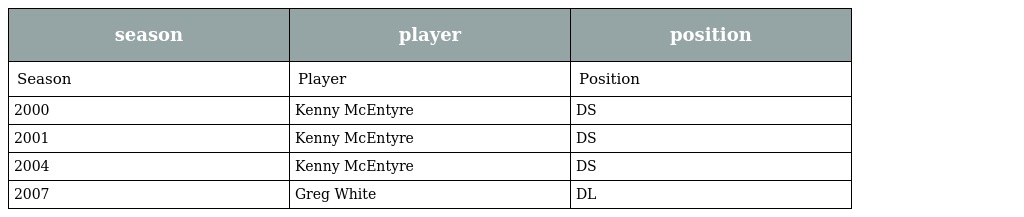
| season | player | position |
 | --- | --- | --- |
 | Season | Player | Position |
 | 2000 | Kenny McEntyre | DS |
 | 2001 | Kenny McEntyre | DS |
 | 2004 | Kenny McEntyre | DS |
 | 2007 | Greg White | DL |